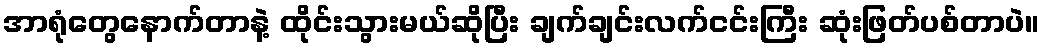
အာရုံတွေနောက်တာနဲ့ ထိုင်းသွားမယ်ဆိုပြီး ချက်ချင်းလက်ငင်းကြီး ဆုံးဖြတ်ပစ်တာပဲ။